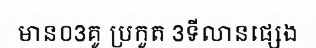
មាន០3គូ ប្រកួត 3ទីលានផ្សេង